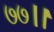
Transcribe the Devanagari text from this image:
७७।।